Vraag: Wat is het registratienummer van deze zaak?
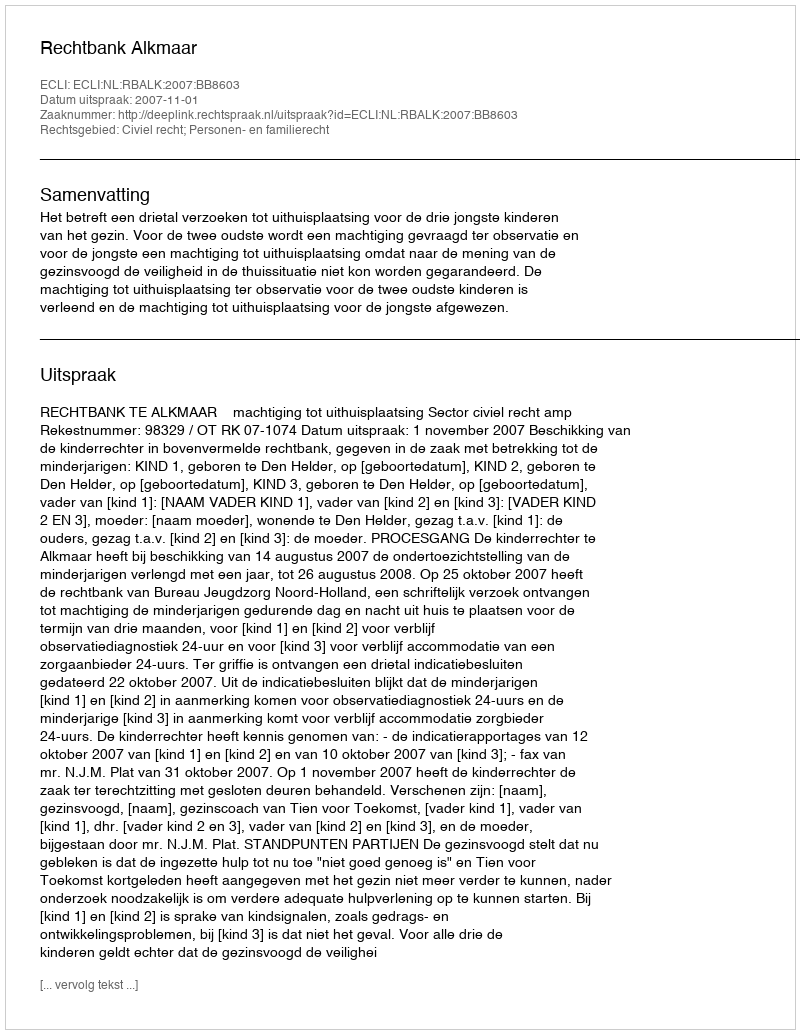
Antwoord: http://deeplink.rechtspraak.nl/uitspraak?id=ECLI:NL:RBALK:2007:BB8603